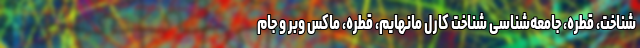
شناخت، قطره، جامعه‌شناسی شناخت کارل مانهایم، قطره، ماکس وبر و جام